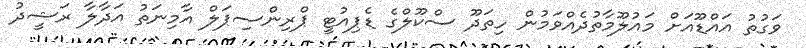
ވަގުތު އައްޑޫއަށް މައުލޫމާތުދެއްވަމުން ހިތަދޫ ސްކޫލްގެ ޑެޕިއުޓީ ޕްރިންސިޕަލް އާމިނަތު އަދާލާ ރަޝީދު